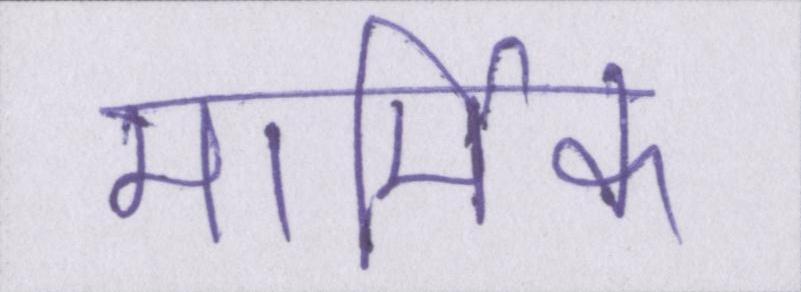
मार्मिक